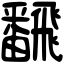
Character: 飜